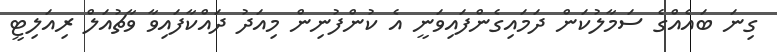
ގިނަ ބައެއްގެ ސަމާލުކަން ދަމައިގެންފައިވަނީ އެ ކުންފުނިން މިއަދު ދައްކާފައިވާ ވާޗުއަލް ރިއަލިޓީ